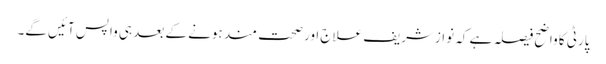
پارٹی کا واضح فیصلہ ہے کہ نوازشریف علاج اور صحت مند ہونے کے بعد ہی واپس آئیں گے۔